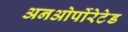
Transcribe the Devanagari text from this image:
अनओर्पोरेटेड